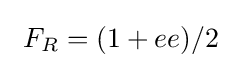
\ F_{R}=(1+ee)/2